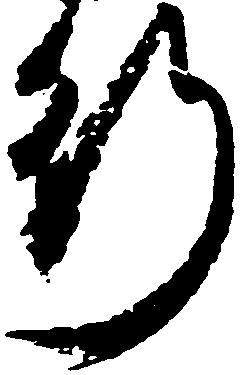
行